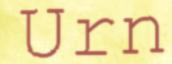
Urn